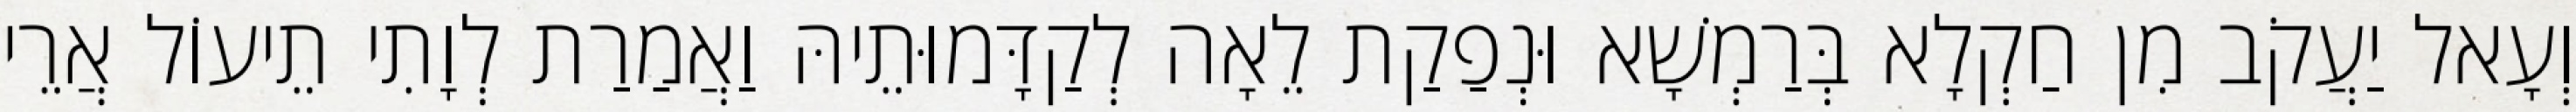
וְעָאל יַעֲקֹב מִן חַקְלָא בְּרַמְשָׁא וּנְפַקַת לֵאָה לְקַדָּמוּתֵיהּ וַאֲמַרַת לְוָתִי תֵיעוֹל אֲרֵי